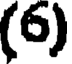
(6)